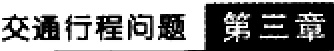
交通行程问题 第三章